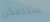
سنتمكن